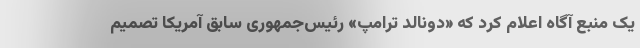
یک منبع آگاه اعلام کرد که «دونالد ترامپ» رئیس‌جمهوری سابق آمریکا تصمیم